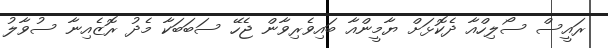
ރައީސް ސޯލިހްއާ ދެކޮޅަށް ޔާމީންއާ ބައިވެރިވާން ޖެހޭ ސަބަބަކާ މެދު ރޮޒެއިނާ ސުވާލު